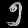
Digit: ၅